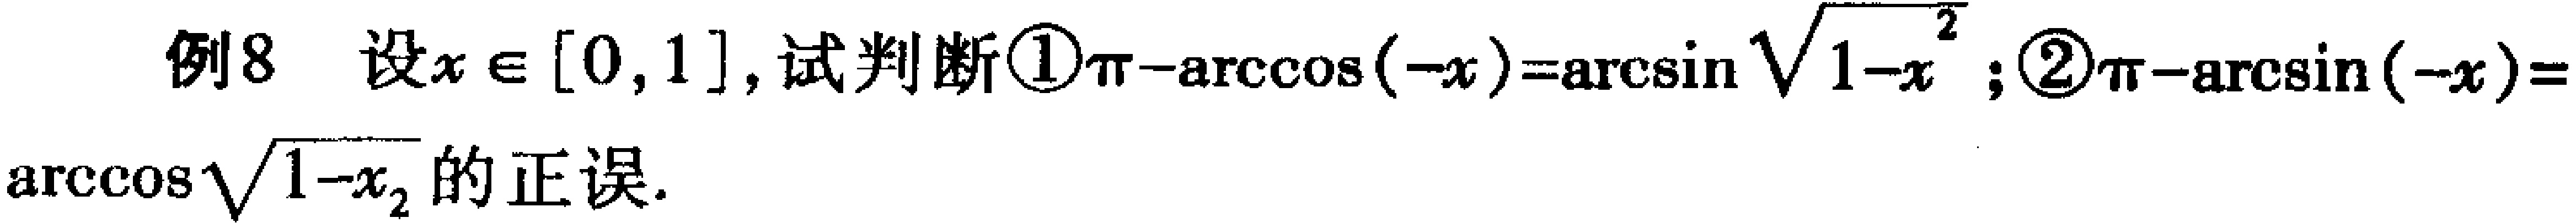
例8 设\(x \in [0,1]\)，试判断\textcircled{1}\(\pi-\arccos(-x)=\arcsin\sqrt{1 - x^{2}}\)；\textcircled{2}\(\pi-\arcsin(-x)=\arccos\sqrt{1 - x_{2}}\)的正误.